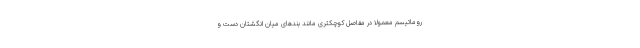
روماتیسم معمولا در مفاصل کوچکتری مانند بند‌های میان انگشتان دست و